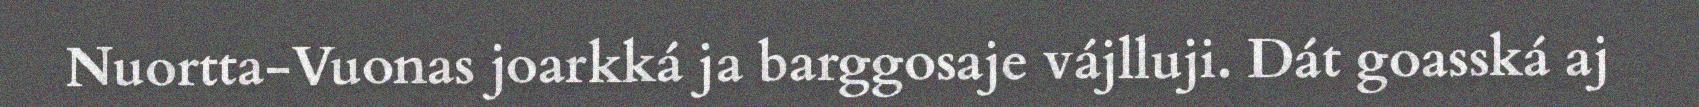
Nuortta-Vuonas joarkká ja barggosaje vájlluji. Dát goasská aj